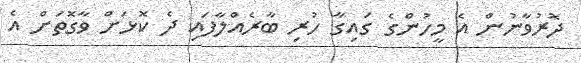
ދޮރުވާނުން އެ މީހުންގެ ގައިގާ ހުރި ބާރެއްލާފައި ދެ ކޮޅަށް ވާގޮތަށް އެ